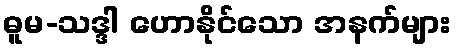
ဓူမ-သဒ္ဒါ ဟောနိုင်သော အနက်များ